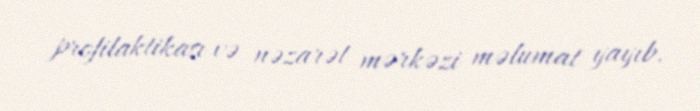
profilaktikası və nəzarət mərkəzi məlumat yayıb.